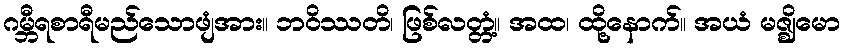
ဂမ္ဘီရစာရီမည်သောဖျံအား။ ဘဝိဿတိ၊ ဖြစ်လတ္တံ့။ အထ၊ ထို့နောက်။ အယံ မဇ္ဈိမော